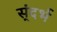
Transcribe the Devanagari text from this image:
स्ंदर्भ